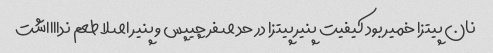
نان پیتزا خمیر بود کیفیت پنیر پیتزا در حد صفر چیپس و پنیر اصلا طعم ندااااشت